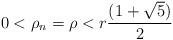
LaTeX: \begin{align*}0<\rho_n=\rho<r\frac{(1+\sqrt{5})}{2}\end{align*}